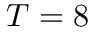
T = 8